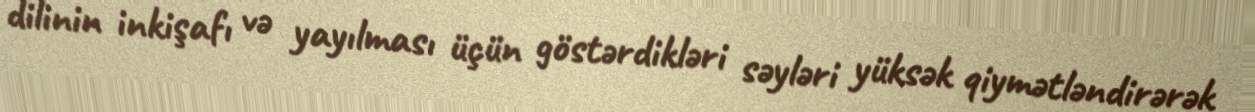
dilinin inkişafı və yayılması üçün göstərdikləri səyləri yüksək qiymətləndirərək